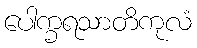
ပေါက္ခရသာတိကုလံ